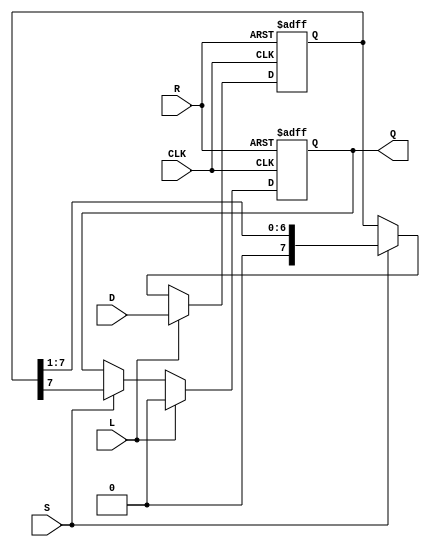
module PISO_Register #(
    parameter n = 8  // Width of the parallel data input
)(
    input  wire [n-1:0] D,   // Parallel Data Input
    input  wire L,            // Load Control Signal
    input  wire CLK,          // Clock Signal
    input  wire S,            // Shift Control Signal
    input  wire R,            // Asynchronous Reset Signal
    output reg  Q             // Serial Output
);

    reg [n-1:0] shift_reg;    // Shift register to hold the data

    always @(posedge CLK or posedge R) begin
        if (R) begin
            // Asynchronous reset
            shift_reg <= {n{1'b0}}; // Clear the shift register
            Q <= 1'b0;              // Clear the serial output
        end else if (L) begin
            // Load parallel data into the shift register
            shift_reg <= D;
            Q <= 1'b0;              // Clear the serial output
        end else if (S) begin
            // Shift data out serially
            Q <= shift_reg[n-1];    // Output the MSB (or LSB based on design)
            shift_reg <= {1'b0, shift_reg[n-1:1]}; // Shift right and fill with 0
        end
    end

endmodule